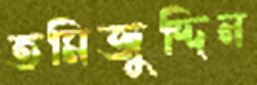
তমিজুদ্দিন